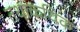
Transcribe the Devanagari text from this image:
तथाकथिक